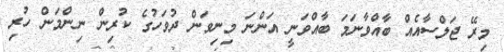
މިރޭ ޖަލްސާއެއް ބާއްވާނަމަ ބާއްވަނީ އަންނަ މިނިވަން ދުވަހުގެ ކުރިން ނިންމަން ހުރި